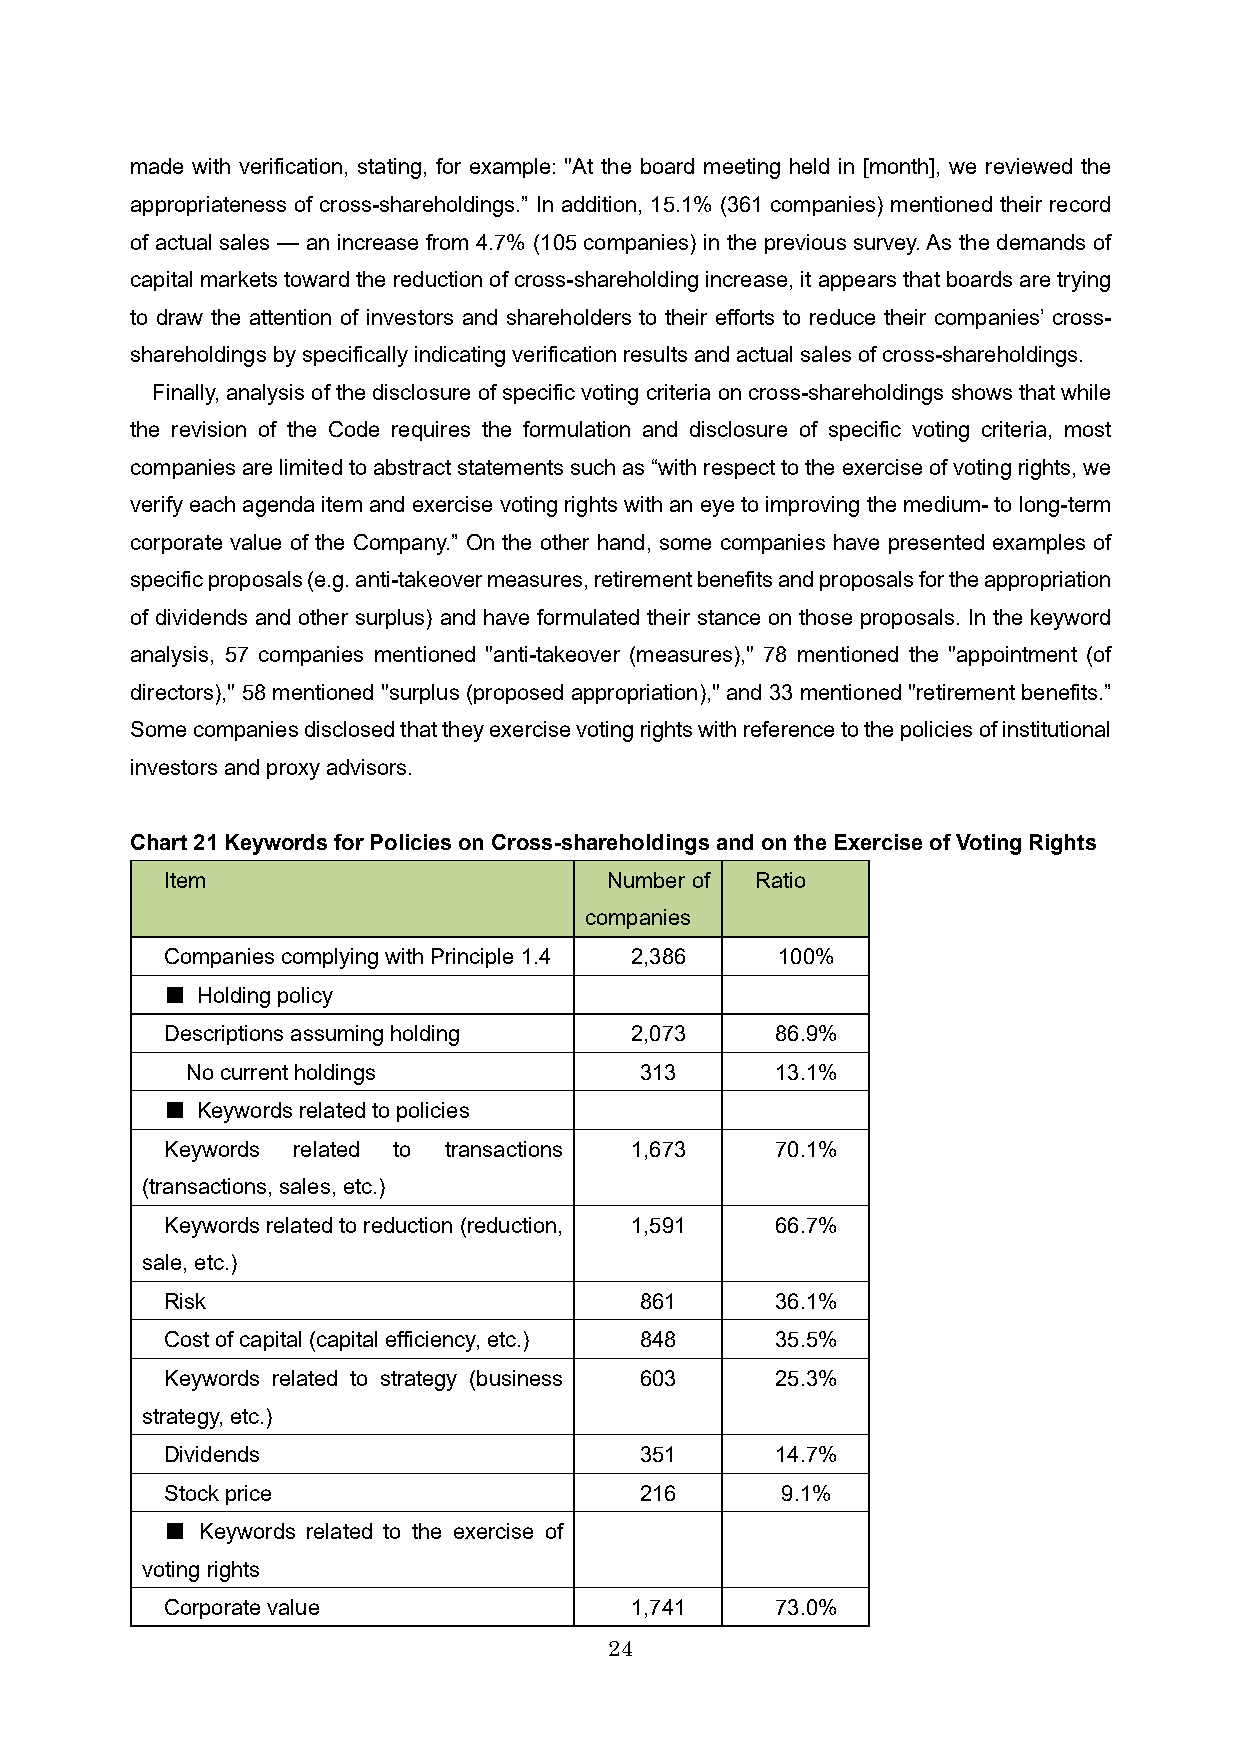
made with verification, stating, for example: "At the board meeting held in [month], we reviewed the
 appropriateness of cross-shareholdings.” In addition, 15.1% (361 companies) mentioned their record
 of actual sales — an increase from 4.7% (105 companies) in the previous survey. As the demands of
 capital markets toward the reduction of cross-shareholding increase, it appears that boards are trying
 to draw the attention of investors and shareholders to their efforts to reduce their companies’ cross-
 shareholdings by specifically indicating verification results and actual sales of cross-shareholdings.
 Finally, analysis of the disclosure of specific voting criteria on cross-shareholdings shows that while
 the revision of the Code requires the formulation and disclosure of specific voting criteria, most
 companies are limited to abstract statements such as “with respect to the exercise of voting rights, we
 verify each agenda item and exercise voting rights with an eye to improving the medium-to long-term
 corporate value of the Company.” On the other hand, some companies have presented examples of
 specific proposals (e.g. anti-takeover measures, retirement benefits and proposals for the appropriation
 of dividends and other surplus) and have formulated their stance on those proposals. In the keyword
 analysis, 57 companies mentioned "anti-takeover (measures)," 78 mentioned the "appointment (of
 directors)," 58 mentioned "surplus (proposed appropriation)," and 33 mentioned "retirement benefits.”
 Some companies disclosed that they exercise voting rights with reference to thepolicies of institutional
 investors and proxy advisors.
 Chart 21Keywords for Policies on Cross-shareholdings and on the Exercise of Voting Rights
 Item                         Number of Ratio
 companies
 Companies complying with Principle 1.4 2,386 100%
 ■ Holding policy
 Descriptions assuming holding  2,073    86.9%
 No current holdings           313      13.1%
 ■ Keywords related to policies
 Keywords related to transactions 1,673  70.1%
 (transactions, sales, etc.)
 Keywords related to reduction (reduction, 1,591 66.7%
 sale, etc.)
 Risk                           861      36.1%
 Cost of capital (capital efficiency, etc.) 848 35.5%
 Keywords related to strategy (business 603 25.3%
 strategy, etc.)
 Dividends                      351      14.7%
 Stock price                    216       9.1%
 ■ Keywords related to the exercise of
 voting rights
 Corporate value                1,741    73.0%
 24